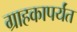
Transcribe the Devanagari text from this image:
ग्राहकापर्यंत